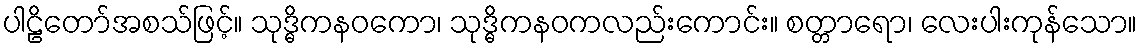
ပါဠိတော်အစသ်ဖြင့်။ သုဒ္ဓိကနဝကော၊ သုဒ္ဓိကနဝကလည်းကောင်း။ စတ္တာရော၊ လေးပါးကုန်သော။